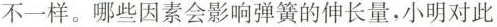
不一样。哪些因素会影响弹簧的伸长量，小明对此